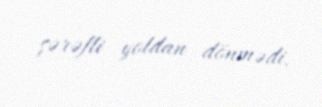
şərəfli yoldan dönmədi.